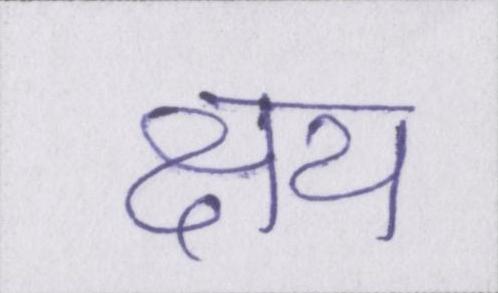
क्षय